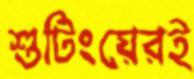
শুটিংয়েরই